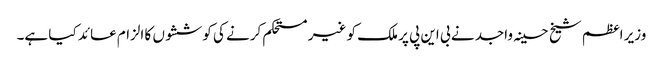
وزیر اعظم شیخ حسینہ واجد نے بی این پی پر ملک کو غیر مستحکم کرنے کی کوششوں کا الزام عائد کیا ہے۔